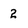
Character: 2